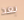
بعد